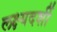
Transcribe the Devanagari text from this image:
लक्ष्यदर्शी